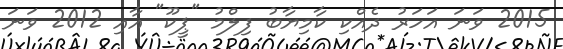
2015 ވަނަ އަހަރު ދެއްކި ކާމިޔާބު ފިލްމު "ޕީކޫ" އާއި 2012 ވަނަ